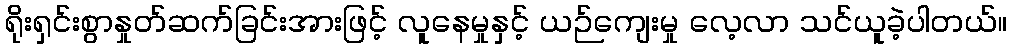
ရိုးရှင်းစွာနှုတ်ဆက်ခြင်းအားဖြင့် လူနေမှုနှင့် ယဉ်ကျေးမှု လေ့လာ သင်ယူခဲ့ပါတယ်။